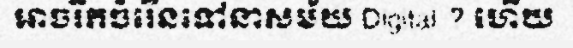
អាចរីកចំរើនទៅនាសម័យ Digital ? ហើយ